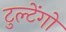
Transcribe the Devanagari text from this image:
टुल्टेंगो